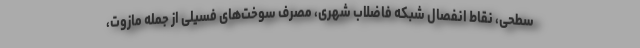
سطحی، نقاط انفصال شبکه فاضلاب شهری، مصرف سوخت‌های فسیلی از جمله مازوت،